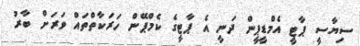
ސިޔާސީ ޕާޓީ އެމްޑީޕީން ދަނީ އެ ޕާޓީގެ ކެމްޕޭން ހަރަކާތްތައް ވަރަށް ބާރު